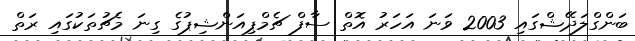
ބަންގްލަދޭޝްގައި 2003 ވަނަ އަހަރު އޮތް ސާފް ޗެމްޕިއަންޝިޕުގެ ގިނަ މެޗުތަކުގައި ރަތް